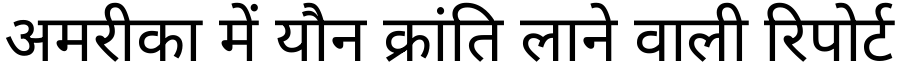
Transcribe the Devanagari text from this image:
अमरीका में यौन क्रांति लाने वाली रिपोर्ट